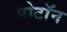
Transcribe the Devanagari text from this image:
प्रोटाॅन